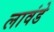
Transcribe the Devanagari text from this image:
लावंडे